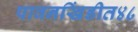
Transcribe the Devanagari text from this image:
पावनखिंडीत४८